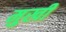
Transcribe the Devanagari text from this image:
मुखीं